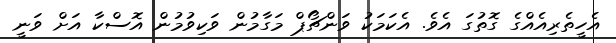
އެހީތެރިއެއްގެ ގޮތުގަ އެވެ. އެކަމަކު ވަންޗޯޕް މަގާމުން ވަކިވުމުން އޮސްކާ އަށް ވަނީ